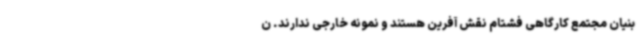
بنیان مجتمع کارگاهی فشتام نقش آفرین هستند و نمونه خارجی ندارند. ن